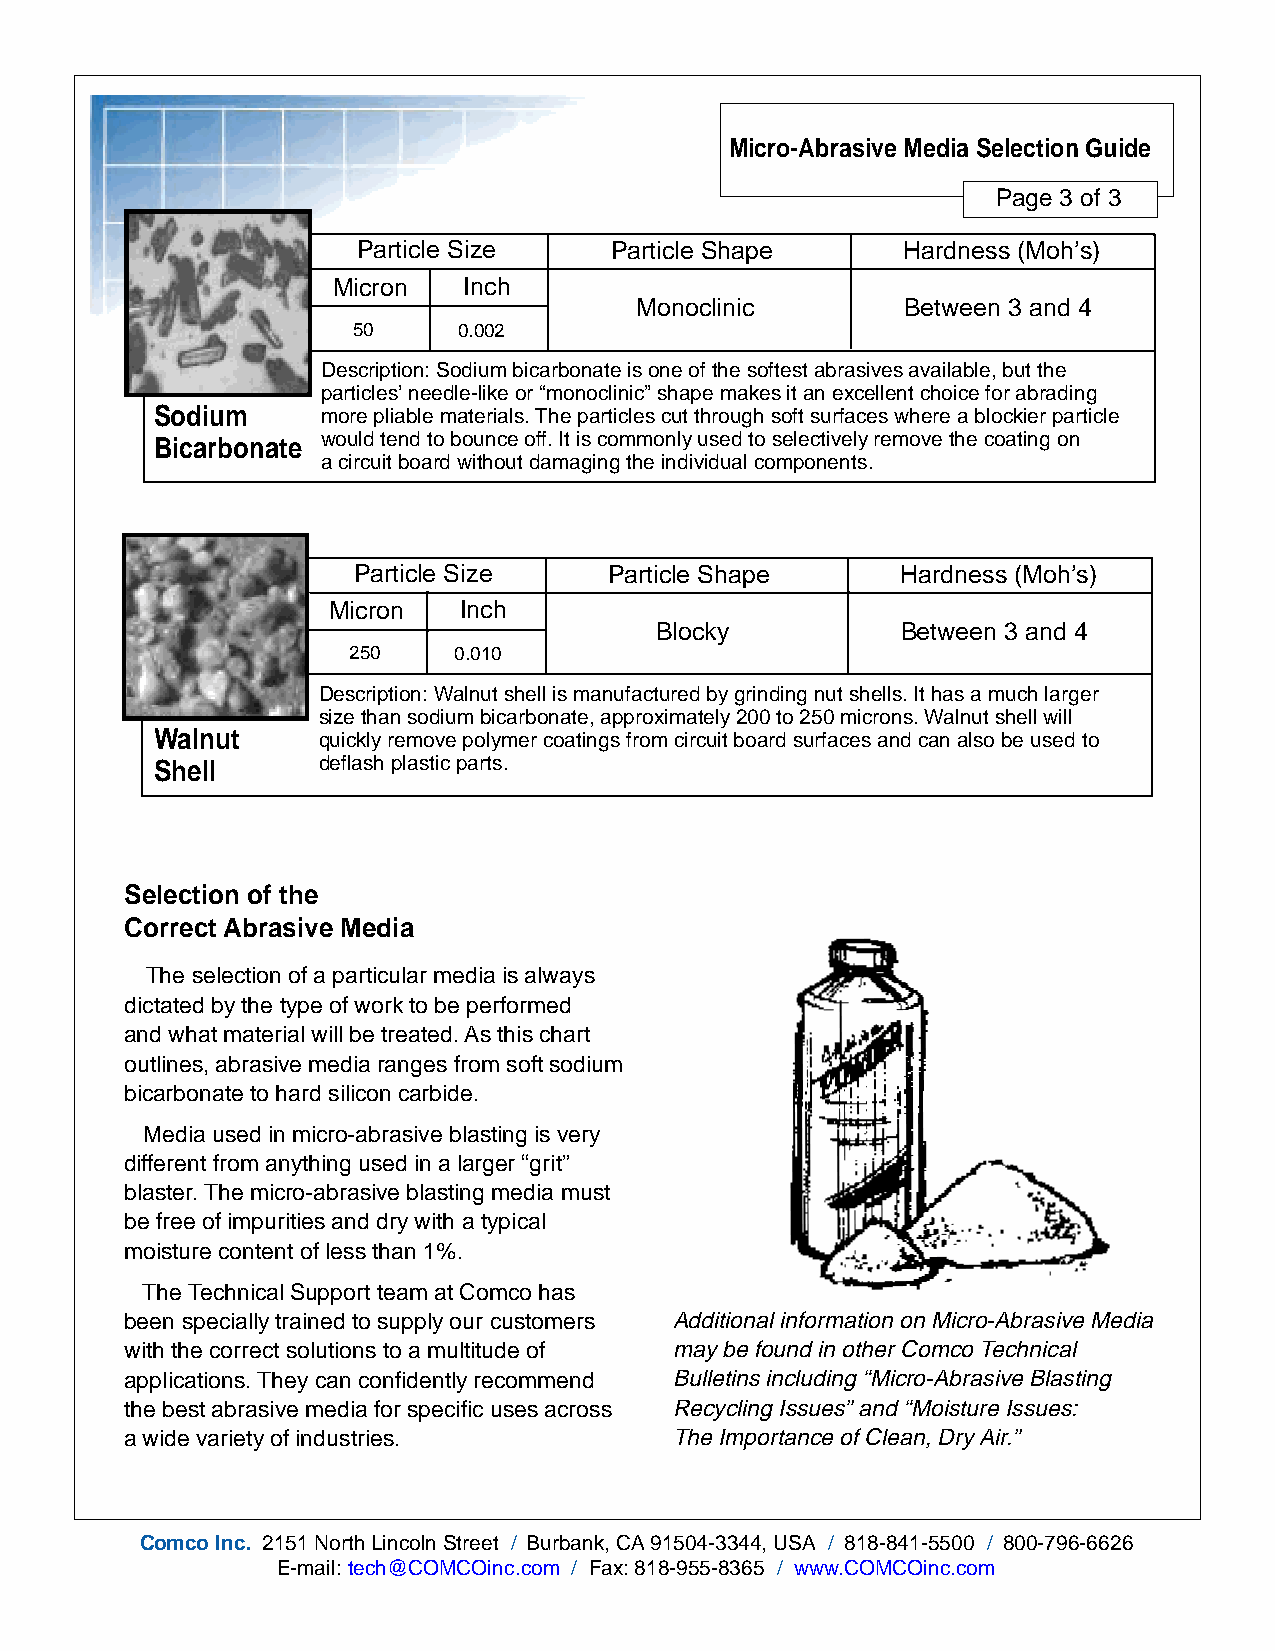
Micro-Abrasive Media Selection Guide
 Page 3 of 3
 Particle Size   Particle Shape      Hardness (Moh’s)
 Micron   Inch
 Monoclinic        Between 3 and 4
 50     0.002
 Description: Sodium bicarbonate is one of the softest abrasives available, but the
 particles’ needle-like or “monoclinic” shape makes it an excellent choice for abrading
 Sodium     more pliable materials. The particles cut through soft surfaces where a blockier particle
 Bicarbonate would tend to bounce off. It is commonly used to selectively remove the coating on
 a circuit board without damaging the individual components.
 Particle Size    Particle Shape      Hardness (Moh’s)
 Micron  Inch
 Blocky           Between 3 and 4
 250    0.010
 Description: Walnut shell is manufactured by grinding nut shells. It has a much larger
 size than sodium bicarbonate, approximately 200 to 250 microns. Walnut shell will
 Walnut     quickly remove polymer coatings from circuit board surfaces and can also be used to
 Shell      deflash plastic parts.
 Selection of the
 Correct Abrasive Media
 The selection of a particular media is always
 dictated by the type of work to be performed
 and what material will be treated. As this chart
 outlines, abrasive media ranges from soft sodium
 bicarbonate to hard silicon carbide.
 Media used in micro-abrasive blasting is very
 different from anything used in a larger “grit”
 blaster. The micro-abrasive blasting media must
 be free of impurities and dry with a typical
 moisture content of less than 1%.
 The Technical Support team at Comco has
 been specially trained to supply our customers Additional information on Micro-Abrasive Media
 with the correct solutions to a multitude of may be found in other Comco Technical
 applications. They can confidently recommend Bulletins including “Micro-Abrasive Blasting
 the best abrasive media for specific uses across Recycling Issues” and “Moisture Issues:
 a wide variety of industries.       The Importance of Clean, Dry Air.”
 Comco Inc. 2151 North Lincoln Street / Burbank, CA 91504-3344, USA / 818-841-5500 / 800-796-6626
 E-mail: tech@COMCOinc.com / Fax: 818-955-8365 / www.COMCOinc.com